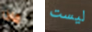
ماذا ليست